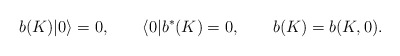
\begin{align*}b(K)|0\rangle =0,\qquad \langle 0|b^{\ast }(K)=0,\qquad b(K)=b(K,0).\end{align*}